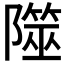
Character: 𨼹